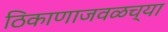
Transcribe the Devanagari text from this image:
ठिकाणाजवळच्या